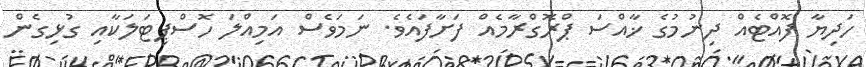
ހަދިޔާ ފޮއްޓެއް ދިނުމުގެ ޚާއްސަ ޕްރޮގްރާމެއް ފަށާފައެވެ. ނަމަވެސް އަމިއްލަ ހޮސްޕިޓަލަކާއި ގުޅިގެން